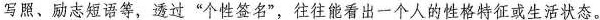
写照、励志短语等，透过”个性签名”，往往能看出一个人的性格特征或生活状态。